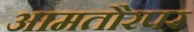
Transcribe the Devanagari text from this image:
आमतौरपर